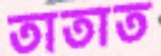
তাতাত